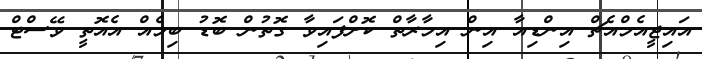
އައިޖީއެމްއެޗް އިންޑިއާ އިން އިމާރާތް ކޮށްފައިވާ ގޮތުން ބޮޑު ބިމެއް އެއޮތީ ވޭސްޓް